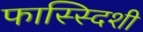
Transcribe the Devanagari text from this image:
फास्स्दिशी